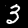
Label: 3